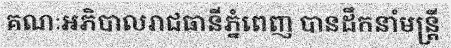
គណៈអភិបាលរាជធានីភ្នំពេញ បានដឹកនាំមន្ត្រី